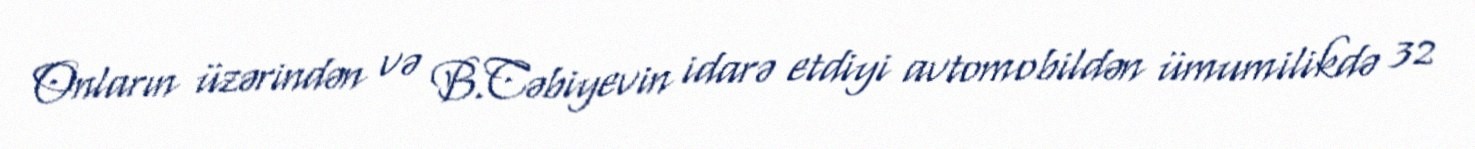
Onların üzərindən və B.Cəbiyevin idarə etdiyi avtomobildən ümumilikdə 32